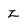
Character: Z